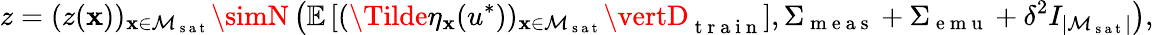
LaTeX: z=(z(\mathbf{x}))_{\mathbf{x}\in\mathcal{{M}}_{\mathrm{{~s~a~t~}}}}\simN\left(\mathbb{{E}}\left[(\Tilde{\eta}_{\mathbf{x}}(u^{*}))_{\mathbf{x}\in\mathcal{{M}}_{\mathrm{{~s~a~t~}}}}\vertD_{\mathrm{{~t~r~a~i~n~}}}\right],\Sigma_{\mathrm{{~m~e~a~s~}}}+\Sigma_{\mathrm{{~e~m~u~}}}+\delta^{2}I_{\lvert\mathcal{{M}}_{\mathrm{{~s~a~t~}}}\rvert}\right),